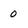
Character: 0